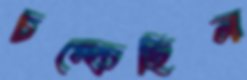
চম্‌কেছিল